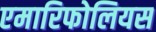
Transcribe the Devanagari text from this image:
एमारिफोलियस